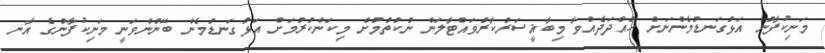
މަނިކުފާނު އަޅުގަނޑުމެންނަށް ހުއްދަދެއްވާ މިބާޣީސަރުކާރުވައްޓާލަން ނުކުތުމުށް މިކަންކުރުމަށް އަޅުގަނޑުމެން ބޭނުންވަނީ މަނިކުފާނުގެ އާނ